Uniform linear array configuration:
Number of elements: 12
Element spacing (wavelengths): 1
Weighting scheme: hamming
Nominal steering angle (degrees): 15
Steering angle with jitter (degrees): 15.395
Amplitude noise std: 0.05
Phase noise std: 0.05

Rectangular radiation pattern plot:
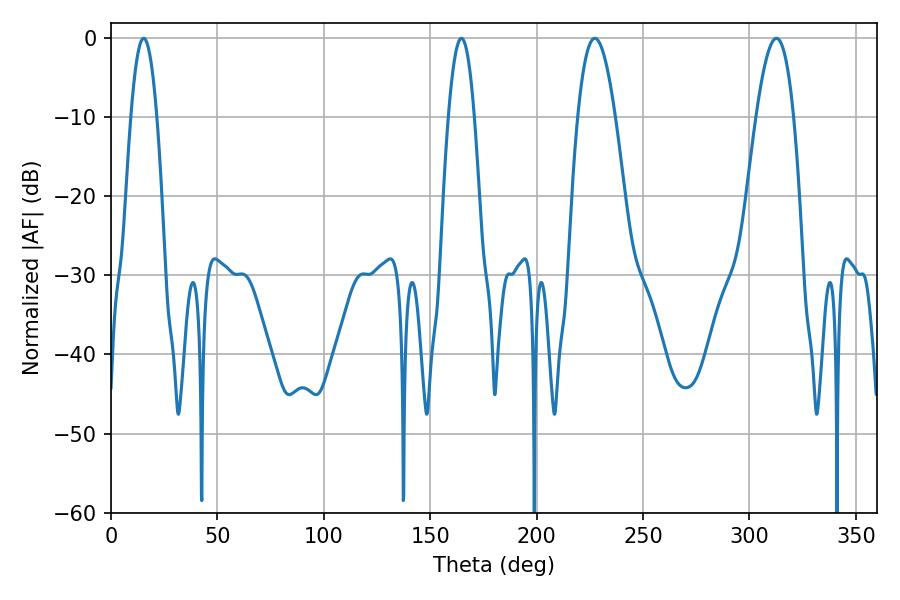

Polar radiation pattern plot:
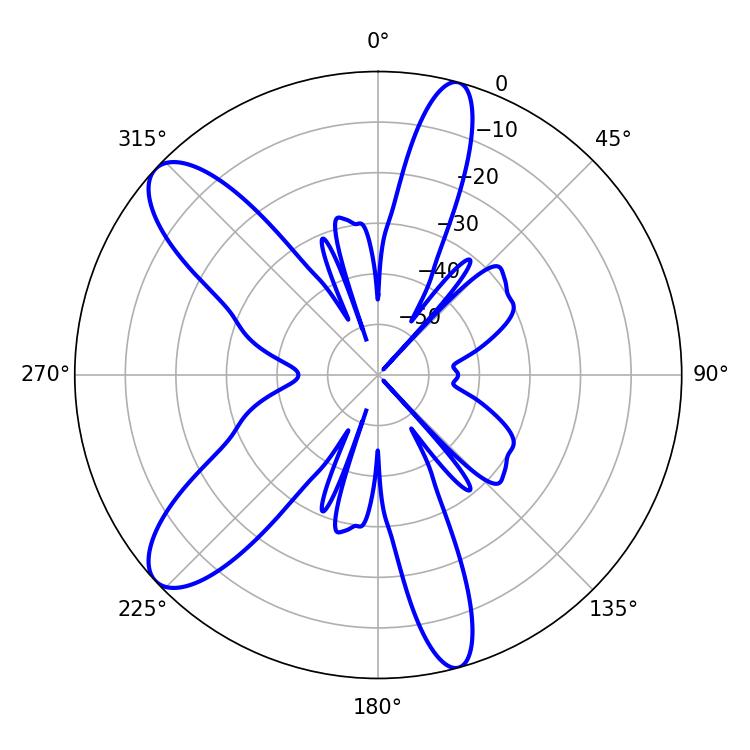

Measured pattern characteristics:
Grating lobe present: TRUE
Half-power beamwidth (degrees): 9.54
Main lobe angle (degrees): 227.34